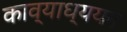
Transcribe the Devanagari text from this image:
काव्याध्ययन